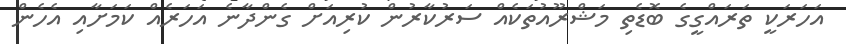
އަހަރަކީ ތަރައްގީގެ ބޮޑެތި މަޝްރޫއުތަކެއް ސަރުކާރުން ކުރިއަށް ގެންދާނެ އަހަރެއް ކަމަށާއި އެހެން